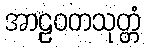
အာဠဝကသုတ္တံ